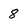
Character: 8